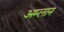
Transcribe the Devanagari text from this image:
अम्लान